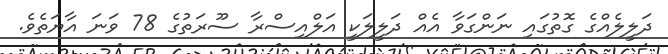
ދަލީލެއްގެ ގޮތުގައި ނަންގަވާ އެއް ދަލީލަކީ އަލްއިސްރާ ސޫރަތުގެ 78 ވަނަ އާޔަތެވެ.